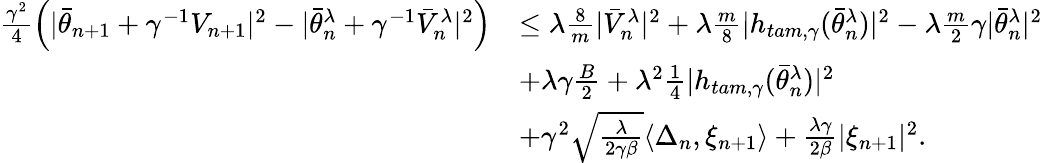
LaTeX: \begin{array}{rl}{\frac{\gamma^{2}}{4}\left(|\bar{\theta}_{n+1}+\gamma^{-1}V_{n+1}|^{2}-|\bar{\theta}_{n}^{\lambda}+\gamma^{-1}\bar{V}_{n}^{\lambda}|^{2}\right)}&{\leq\lambda\frac{8}{m}|\bar{V}_{n}^{\lambda}|^{2}+\lambda\frac{m}{8}|h_{tam,\gamma}(\bar{\theta}_{n}^{\lambda})|^{2}-\lambda\frac{m}{2}\gamma|\bar{\theta}_{n}^{\lambda}|^{2}}\\ &{+\lambda\gamma\frac{B}{2}+\lambda^{2}\frac{1}{4}|h_{tam,\gamma}(\bar{\theta}_{n}^{\lambda})|^{2}}\\ &{+\gamma^{2}\sqrt{\frac{\lambda}{2\gamma\beta}}\langle\Delta_{n},\xi_{n+1}\rangle+\frac{\lambda\gamma}{2\beta}|\xi_{n+1}|^{2}.}\end{array}